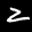
Label: 2